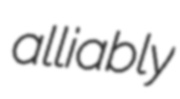
alliably